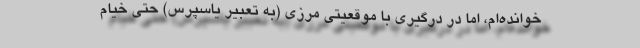
خوانده‌ام، اما در درگیری با موقعیتی مرزی (به تعبیر یاسپرس) حتی خیام